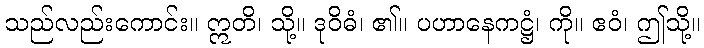
သည်လည်းကောင်း။ ဣတိ၊ သို့။ ဒုဝိဓံ၊ ၏။ ပဟာနေကဋ္ဌံ၊ ကို။ ဧဝံ၊ ဤသို့။